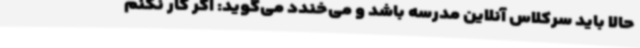
حالا باید سرکلاس آنلاین مدرسه باشد و می‌خندد می‌گوید: اگر کار نکنم